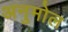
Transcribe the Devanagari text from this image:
अनुमोल